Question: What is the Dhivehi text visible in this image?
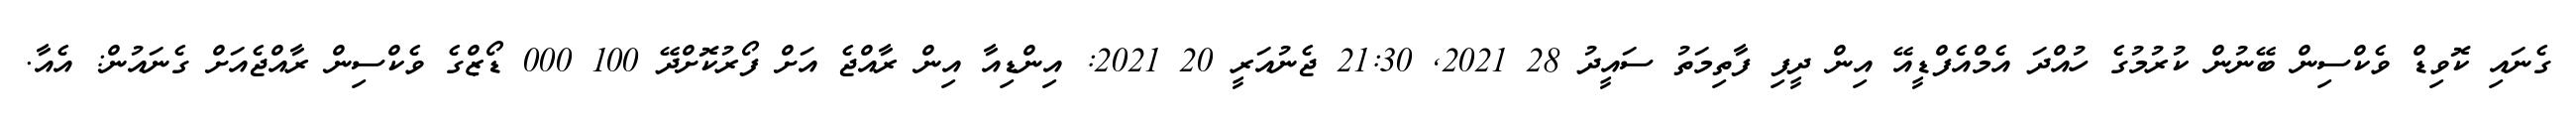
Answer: ގެނައި ކޮވިޑް ވެކްސިން ބޭނުން ކުރުމުގެ ހުއްދަ އެމްއެފްޑީއޭ އިން ދީފި ފާތިމަތު ސައީދު 28 2021, 21:30 ޖެނުއަރީ 20 2021: އިންޑިއާ އިން ރާއްޖެ އަށް ފޯރުކޮށްދޭ 100 000 ޑޯޒްގެ ވެކްސިން ރާއްޖެއަށް ގެނައުން: އެއާ.